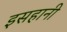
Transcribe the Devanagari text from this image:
इसहानी